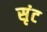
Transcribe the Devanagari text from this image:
सृंट